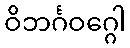
ဝိဘင်္ဂဝဂ္ဂေါ